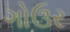
ગોઉર